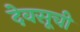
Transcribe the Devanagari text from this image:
देवसूची